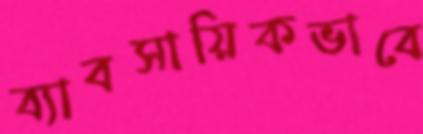
ব্যাবসায়িকভাবে